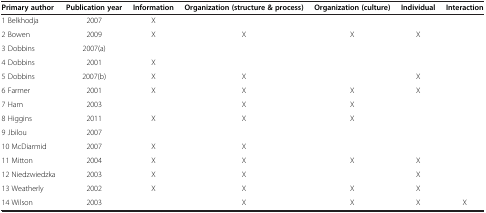
<table><thead><tr><td><b>Primary author</b></td><td><b>Publication year</b></td><td><b>Information</b></td><td><b>Organization (structure &amp; process)</b></td><td><b>Organization (culture)</b></td><td><b>Individual</b></td><td><b>Interaction</b></td></tr></thead><tbody><tr><td>1 Belkhodja</td><td>2007</td><td>X</td><td> </td><td> </td><td> </td><td> </td></tr><tr><td>2 Bowen</td><td>2009</td><td>X</td><td>X</td><td>X</td><td>X</td><td> </td></tr><tr><td>3 Dobbins</td><td>2007(a)</td><td> </td><td> </td><td> </td><td> </td><td> </td></tr><tr><td>4 Dobbins</td><td>2001</td><td>X</td><td> </td><td> </td><td> </td><td> </td></tr><tr><td>5 Dobbins</td><td>2007(b)</td><td>X</td><td>X</td><td> </td><td>X</td><td> </td></tr><tr><td>6 Farmer</td><td>2001</td><td>X</td><td>X</td><td>X</td><td>X</td><td> </td></tr><tr><td>7 Ham</td><td>2003</td><td> </td><td>X</td><td>X</td><td> </td><td> </td></tr><tr><td>8 Higgins</td><td>2011</td><td>X</td><td>X</td><td>X</td><td> </td><td> </td></tr><tr><td>9 Jbilou</td><td>2007</td><td> </td><td> </td><td> </td><td> </td><td> </td></tr><tr><td>10 McDiarmid</td><td>2007</td><td>X</td><td>X</td><td> </td><td> </td><td> </td></tr><tr><td>11 Mitton</td><td>2004</td><td>X</td><td>X</td><td>X</td><td>X</td><td> </td></tr><tr><td>12 Niedzwiedzka</td><td>2003</td><td>X</td><td>X</td><td> </td><td>X</td><td> </td></tr><tr><td>13 Weatherly</td><td>2002</td><td>X</td><td>X</td><td>X</td><td>X</td><td> </td></tr><tr><td>14 Wilson</td><td>2003</td><td> </td><td>X</td><td>X</td><td>X</td><td>X</td></tr></tbody></table>